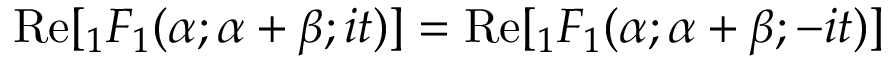
{ \mathrm { R e } } [ { } _ { 1 } F _ { 1 } ( \alpha ; \alpha + \beta ; i t ) ] = { \mathrm { R e } } [ { } _ { 1 } F _ { 1 } ( \alpha ; \alpha + \beta ; - i t ) ]